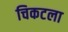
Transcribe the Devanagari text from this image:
चिकटला